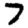
Digit: 7